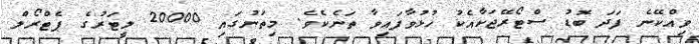
ވިއްކޭނެ ފަދަ ބޮޑު ސްޓޯރޭޖަކާއެކު ހުޅުވާފައިވާ ތަނެކެވެ. މިތަނުގައި 20000 ލީޓަރުގެ ޕެޓްރޯލް